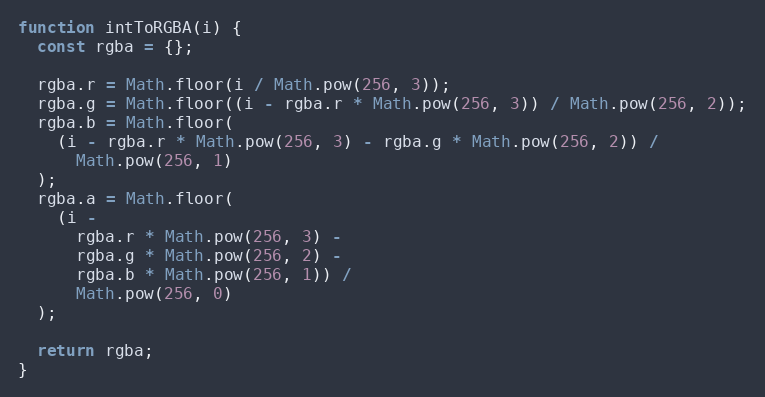
Language: JavaScript
function intToRGBA(i) {
  const rgba = {};

  rgba.r = Math.floor(i / Math.pow(256, 3));
  rgba.g = Math.floor((i - rgba.r * Math.pow(256, 3)) / Math.pow(256, 2));
  rgba.b = Math.floor(
    (i - rgba.r * Math.pow(256, 3) - rgba.g * Math.pow(256, 2)) /
      Math.pow(256, 1)
  );
  rgba.a = Math.floor(
    (i -
      rgba.r * Math.pow(256, 3) -
      rgba.g * Math.pow(256, 2) -
      rgba.b * Math.pow(256, 1)) /
      Math.pow(256, 0)
  );

  return rgba;
}